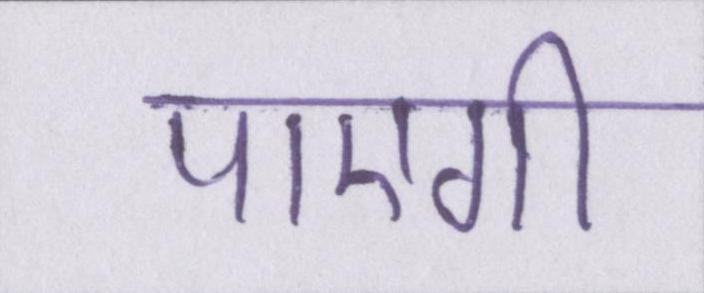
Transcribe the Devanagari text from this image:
पाएगी